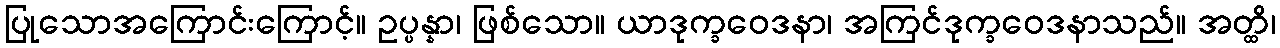
ပြုသောအကြောင်းကြောင့်။ ဥပ္ပန္နာ၊ ဖြစ်သော။ ယာဒုက္ခဝေဒနာ၊ အကြင်ဒုက္ခဝေဒနာသည်။ အတ္ထိ၊